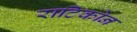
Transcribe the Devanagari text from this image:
राटिकोन